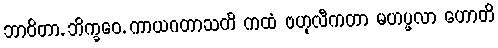
ဘာဝိတာ, ဘိက္ခဝေ, ကာယဂတာသတိ ကထံ ဗဟုလီကတာ မဟပ္ဖလာ ဟောတိ